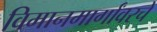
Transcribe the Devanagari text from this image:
विमानमार्गांवरचे